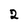
Character: 2